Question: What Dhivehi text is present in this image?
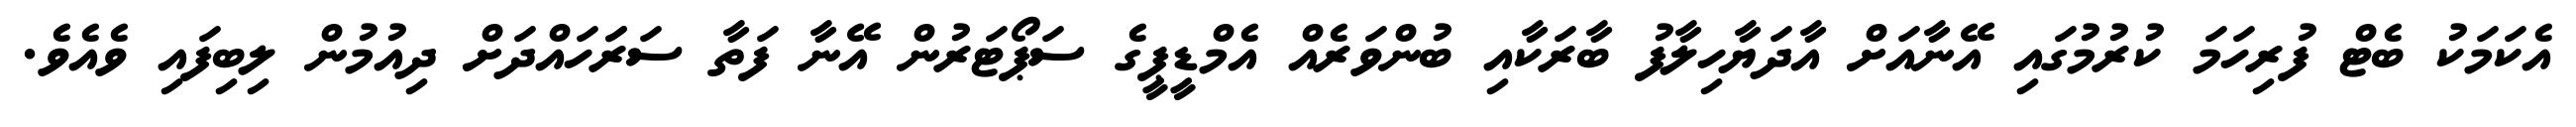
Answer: އެކަމަކު ބެޓް ފުރިހަމަ ކުރުމުގައި އޭނާއަށް އާދަޔާހިލާފު ބާރަކާއި ބުންވަރެއް އެމްޑީޕީގެ ސަޕޯޓަރުން އޭނާ ފަތާ ސަރަަހައްދަށް ދިއުމުން ލިބިފައި ވެއެވެ.